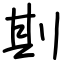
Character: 剘